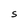
Character: S